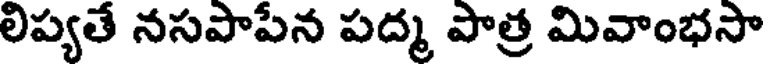
లిప్యతే నసపాపేన పద్మ పాత్ర మివాంభసా